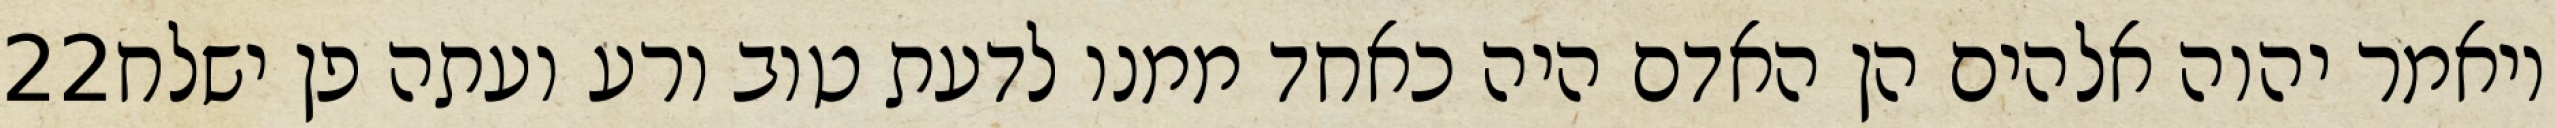
‎22‏ ויאמר יהוה אלהים הן האדם היה כאחד ממנו לדעת טוב ורע ועתה פן ישלח